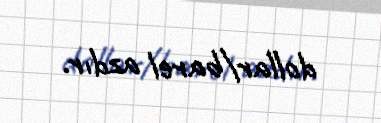
dollar/barel azdır.